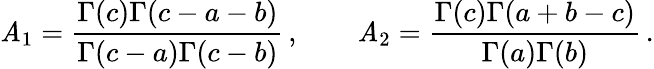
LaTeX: \mathit{A}_{1}={\frac{{\Gamma(c)\Gamma(c-a-b)}}{{\Gamma(c-a)\Gamma(c-b)}}}\, ,\qquad\mathit{A}_{2}={\frac{{\Gamma(c)\Gamma(a+b-c)}}{{\Gamma(a)\Gamma(b)}}}\, .